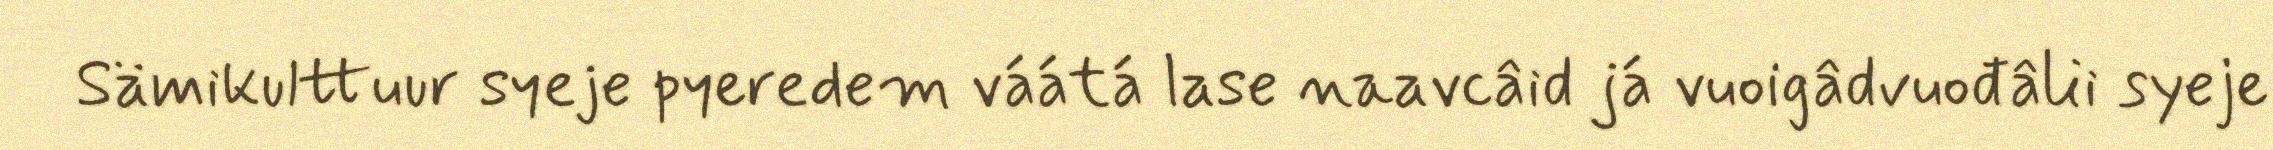
Sämikulttuur syeje pyeredem váátá lase naavcâid já vuoigâdvuođâlii syeje